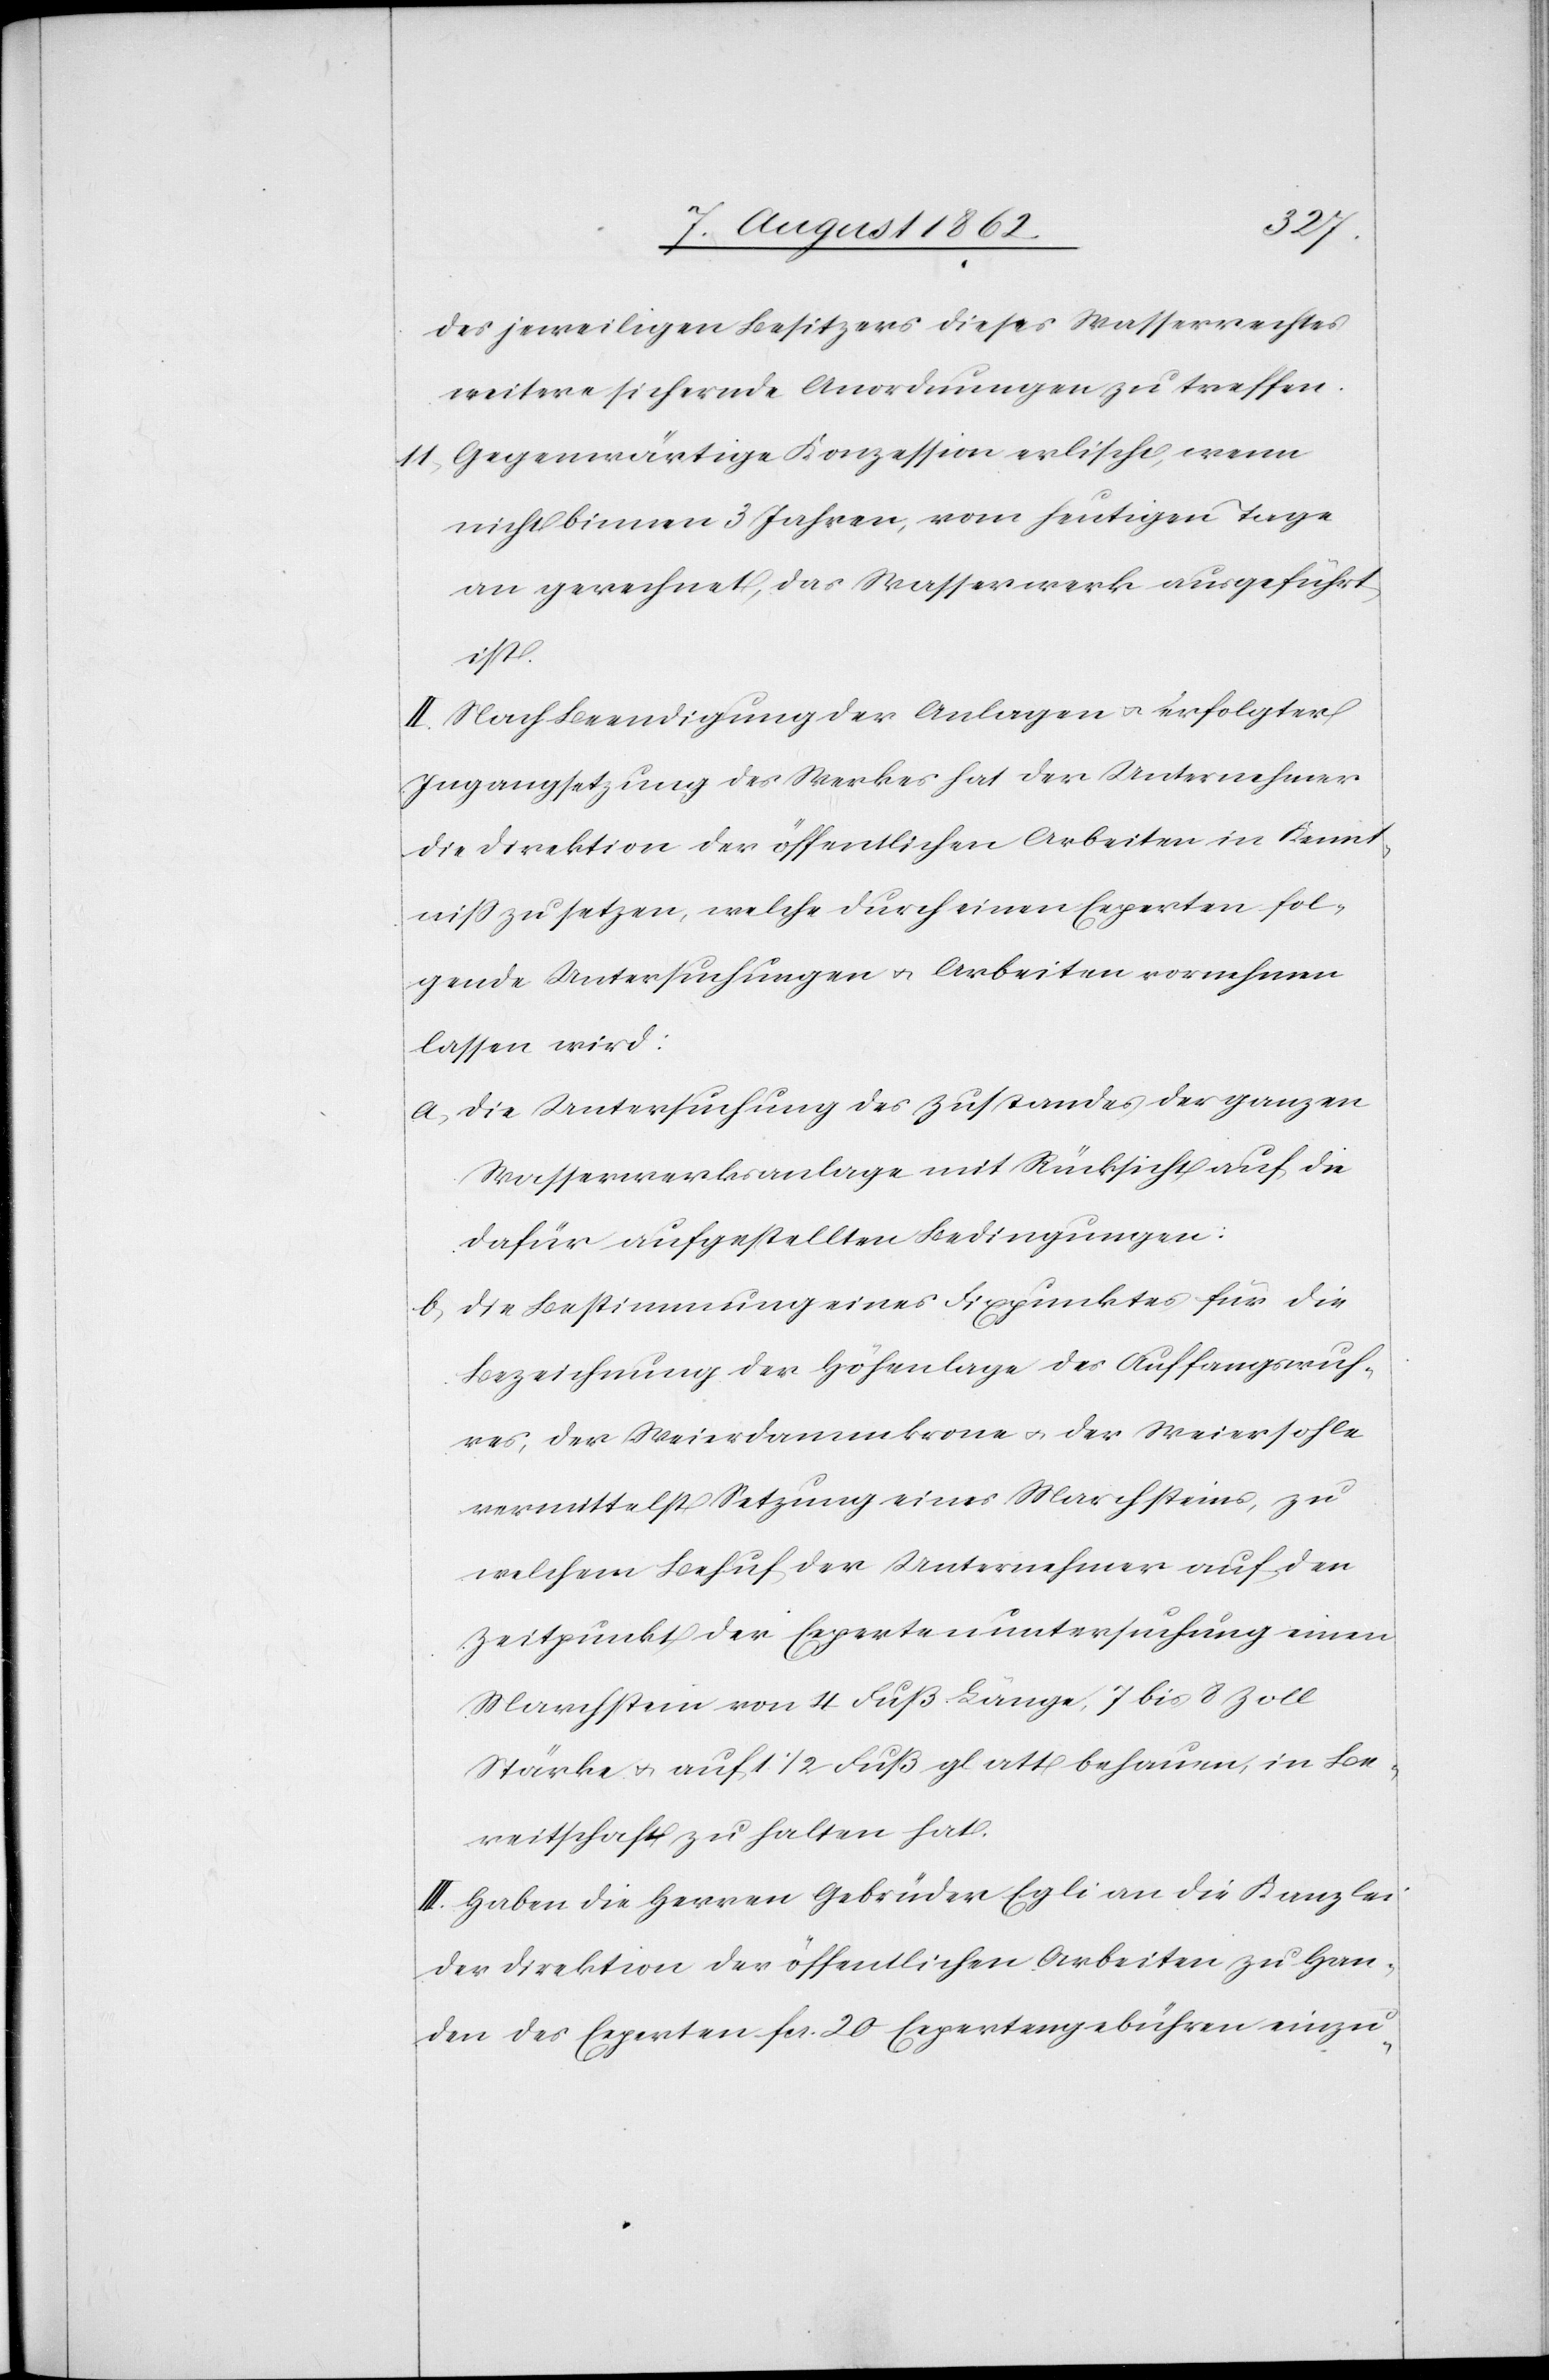
des jeweiligen Besitzers dieses Wasserrechtes
weitere sichernde Anordnungen zu treffen.
11. Gegenwärtige Konzession erlischt, wenn
nicht binnen 3 Jahren, vom heutigen Tage
an gerechnet, das Wasserwerk ausgeführt
ist.
II. Nach Beendigung der Anlagen u. erfolgter
Ingangsetzung des Werkes hat der Unternehmer
die Direktion der öffentlichen Arbeiten in Kennt¬
niß zu setzen, welche durch einen Experten fol¬
gende Untersuchungen u. Arbeiten vornehmen
lassen wird:
a. Die Untersuchung des Zustandes der ganzen
Wasserwerksanlage mit Rücksicht auf die
dafür aufgestellten Bedingungen;
b. Die Bestimmung eines Fixpunktes für die
Bezeichnung der Höhenalge des Auffangswuh¬
res, der Weierdammkrone u. der Weiersohle
vermittelst Setzung eines Marchsteines, zu
welchem Behuf der Unternehmer auf den
Zeitpunkt der Expertenuntersuchung einen
Marchstein von 4 Fuß Länge, 7 bis 8 Zoll
Stärke u. auf 1 1/2 Fuß glatt behauen, in Be¬
reitschaft zu halten hat.
III. Haben die Herren Gebrüder Egli an die Kanzlei
der Direktion der öffentlichen Arbeiten zu Han¬
den des Experten fcs. 20 Expertengebühren einzu-